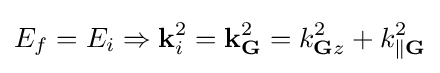
E_{f}=E_{i}\Rightarrow \mathbf {k} _{i}^{2}=\mathbf {k} _{\mathbf {G} }^{2}=k_{\mathbf {G} z}^{2}+k_{\parallel \mathbf {G} }^{2}